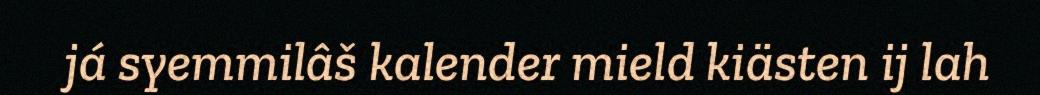
já syemmilâš kalender mield kiästen ij lah